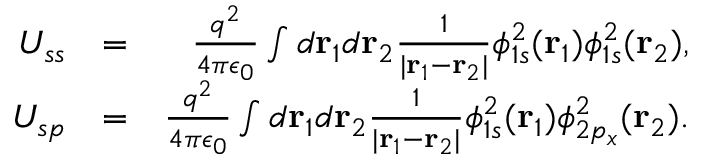
\begin{array} { r l r } { U _ { s s } } & { = } & { \frac { q ^ { 2 } } { 4 \pi \epsilon _ { 0 } } \int d { \bf r } _ { 1 } d { \bf r } _ { 2 } \frac { 1 } { | { \bf r } _ { 1 } - { \bf r } _ { 2 } | } \phi _ { 1 s } ^ { 2 } ( { \bf r } _ { 1 } ) \phi _ { 1 s } ^ { 2 } ( { \bf r } _ { 2 } ) , } \\ { U _ { s p } } & { = } & { \frac { q ^ { 2 } } { 4 \pi \epsilon _ { 0 } } \int d { \bf r } _ { 1 } d { \bf r } _ { 2 } \frac { 1 } { | { \bf r } _ { 1 } - { \bf r } _ { 2 } | } \phi _ { 1 s } ^ { 2 } ( { \bf r } _ { 1 } ) \phi _ { 2 p _ { x } } ^ { 2 } ( { \bf r } _ { 2 } ) . } \end{array}